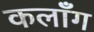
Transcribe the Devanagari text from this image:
कलाँग